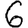
Digit: 6